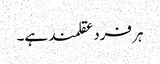
ہر فرد عقلمند ہے۔